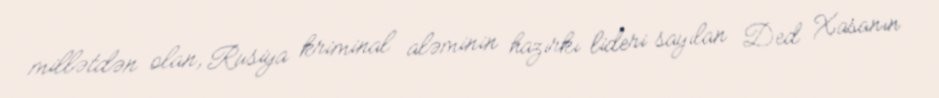
millətdən olan, Rusiya kriminal aləminin hazırkı lideri sayılan Ded Xasanın